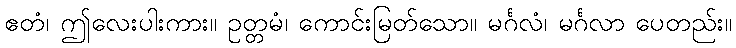
ဧတံ၊ ဤလေးပါးကား။ ဥတ္တမံ၊ ကောင်းမြတ်သော။ မင်္ဂလံ၊ မင်္ဂလာ ပေတည်း။